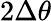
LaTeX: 2\Delta\theta